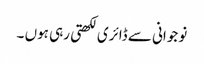
نوجوانی سے ڈائری لکھتی رہی ہوں ۔